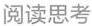
阅读思考